65_HS1-834228961_62-HQ-83894_Section_3
Agency: FBI
Page 18
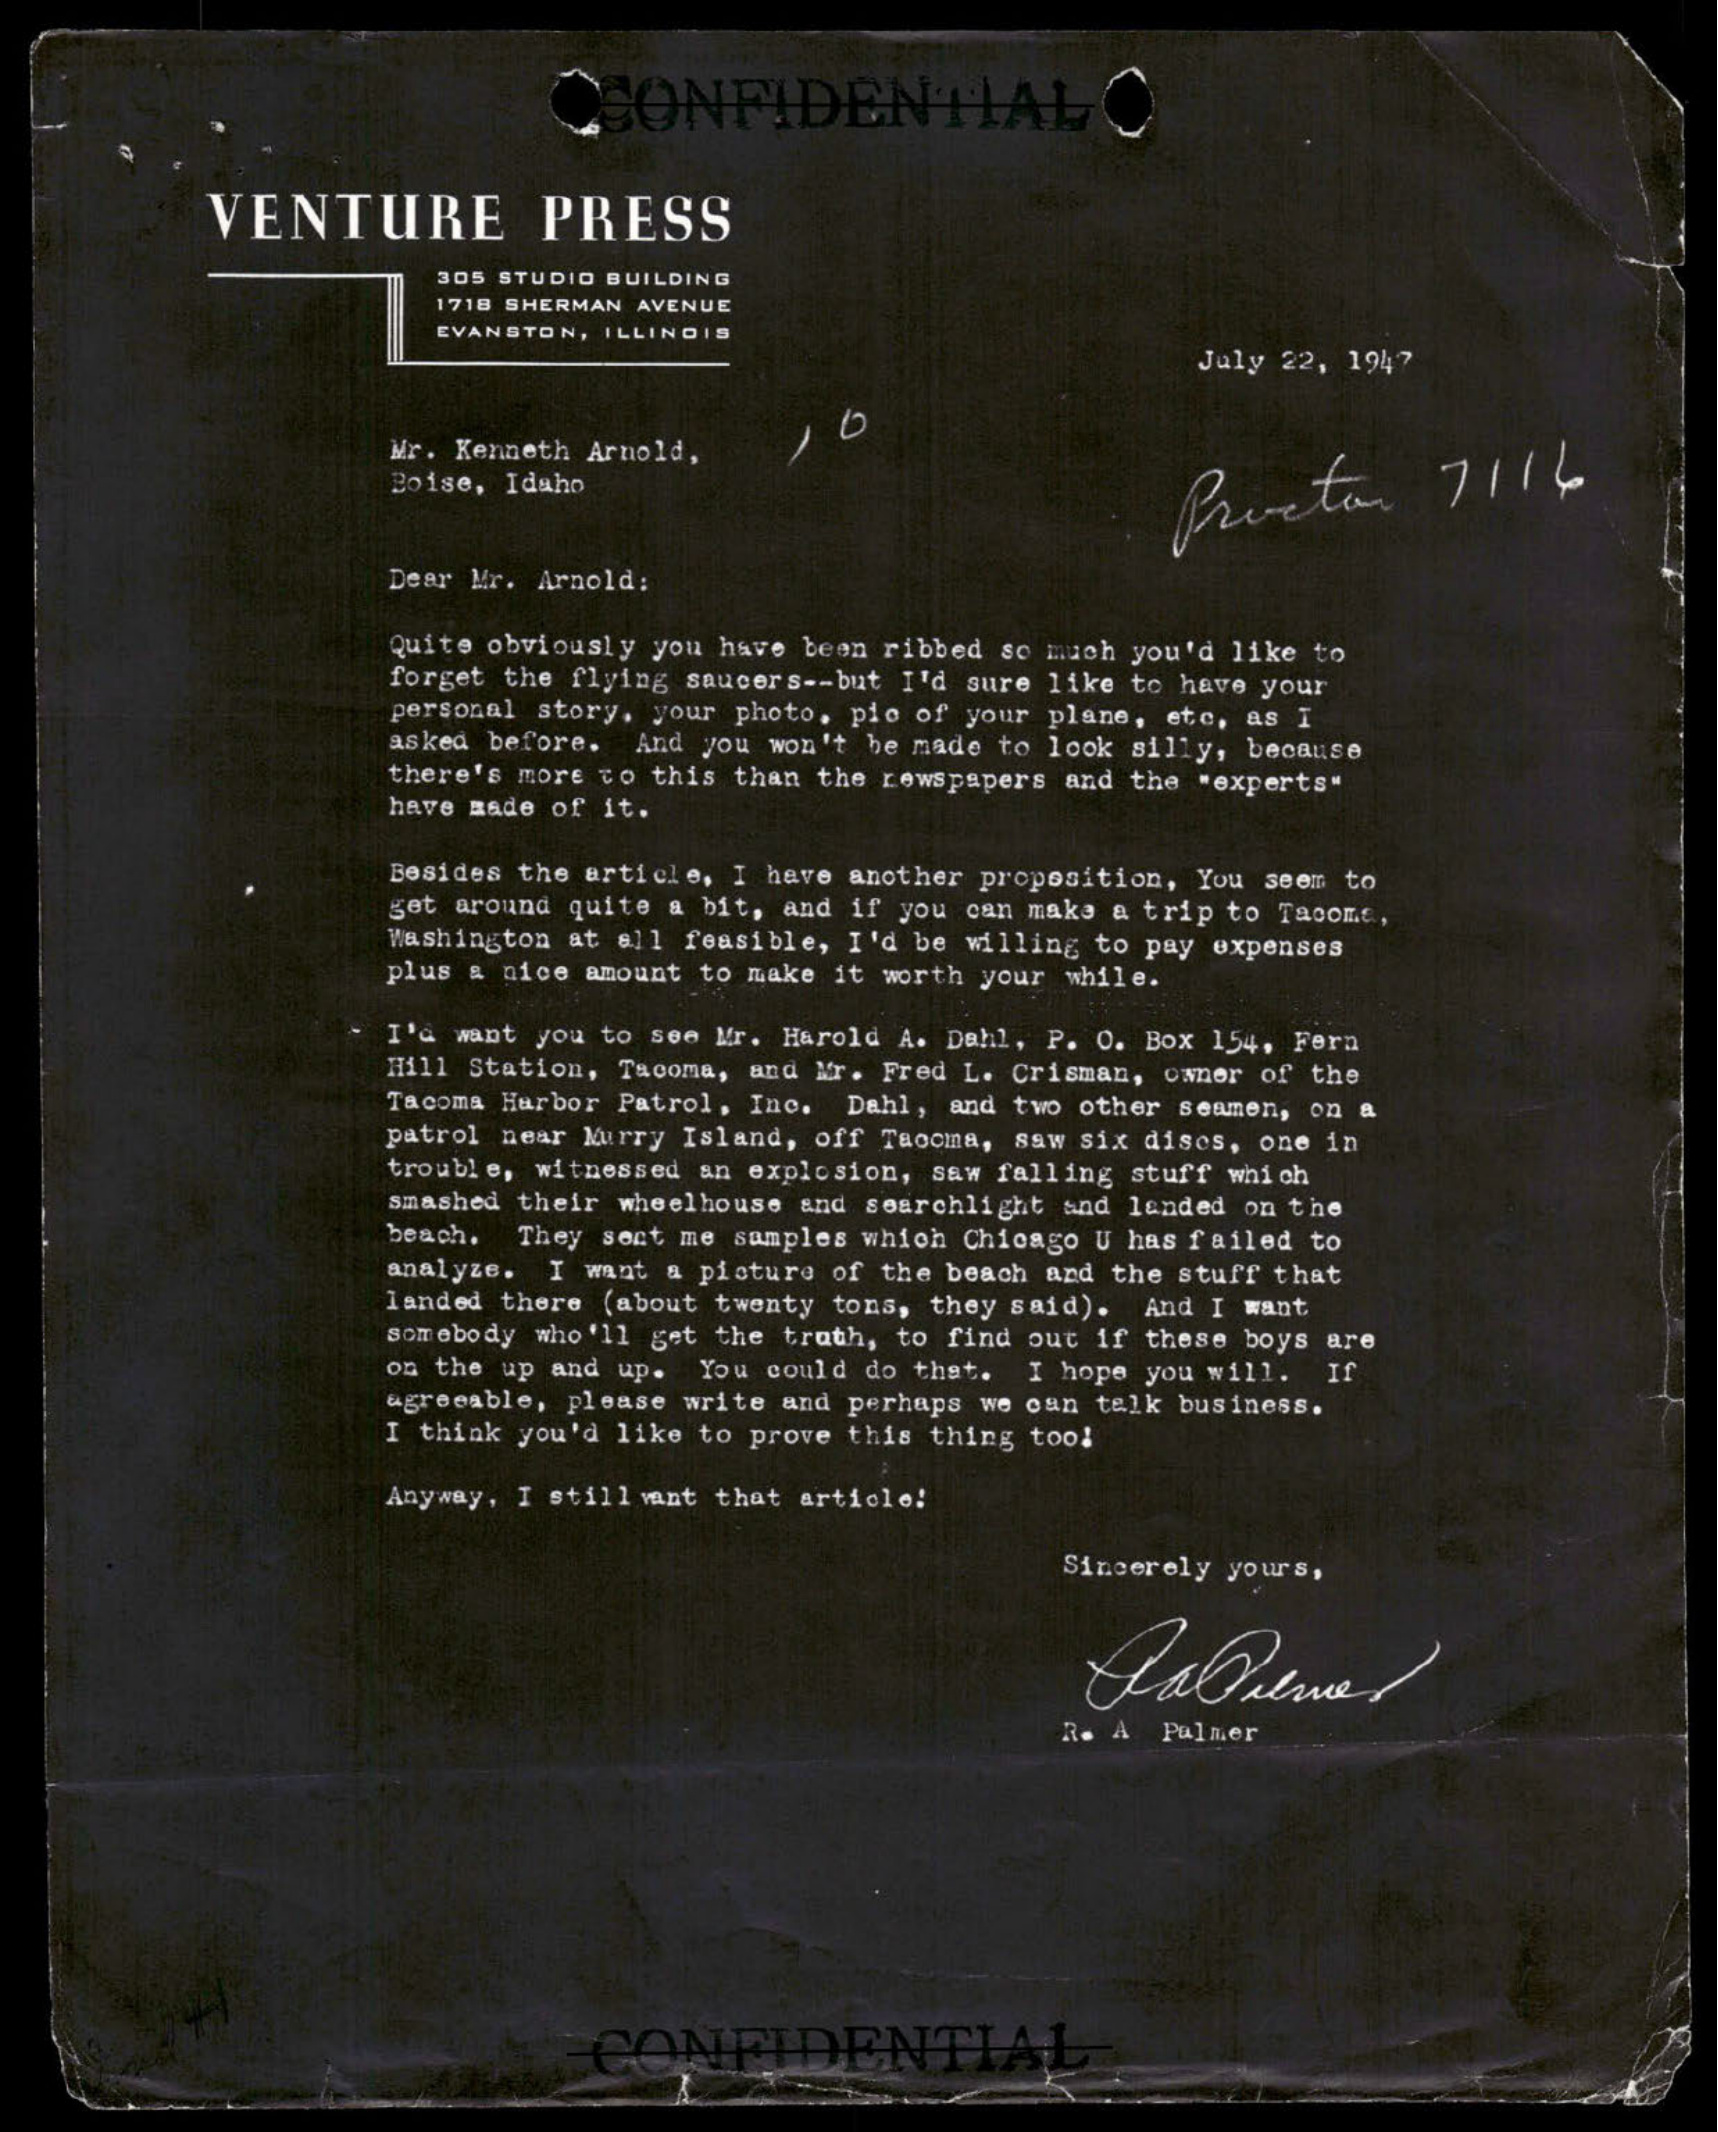